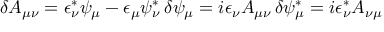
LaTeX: \delta A _ { \mu \nu } = \epsilon _ { \nu } ^ { * } \psi _ { \mu } - \epsilon _ { \mu } \psi _ { \nu } ^ { * } \, \delta \psi _ { \mu } = i \epsilon _ { \nu } A _ { \mu \nu } \, \delta \psi _ { \mu } ^ { * } = i \epsilon _ { \nu } ^ { * } A _ { \nu \mu } \,